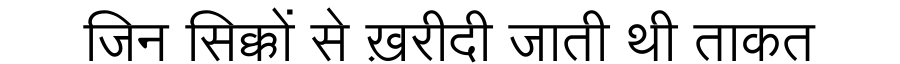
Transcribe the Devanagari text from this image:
जिन सिक्कों से ख़रीदी जाती थी ताकत